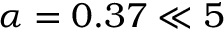
\alpha = 0 . 3 7 \ll 5